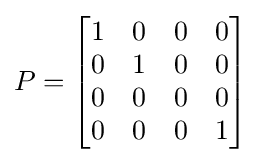
P={\begin{bmatrix}1&0&0&0\\0&1&0&0\\0&0&0&0\\0&0&0&1\end{bmatrix}}